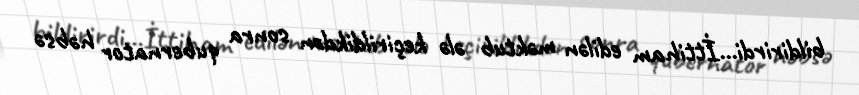
bildirirdi...İttiham edilən məktub ələ keçirildikdən sonra qubernator həbsə